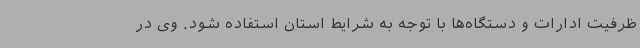
ظرفیت ادارات و دستگاه‌ها با توجه به شرایط استان استفاده شود. وی در